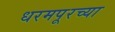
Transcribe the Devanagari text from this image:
धरमपूरच्या